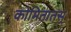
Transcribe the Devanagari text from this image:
कोमितातस्